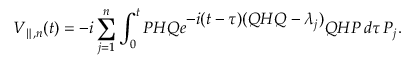
V _ { \parallel , n } ( t ) = - i \sum _ { j = 1 } ^ { n } \int _ { 0 } ^ { t } P H Q e ^ { \textstyle - i ( t - \tau ) ( Q H Q - { \lambda } _ { j } ) } Q H P \, d \tau \, P _ { j } .